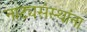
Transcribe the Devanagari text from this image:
नाट्यसंस्थांना